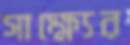
সাক্ষ্যের